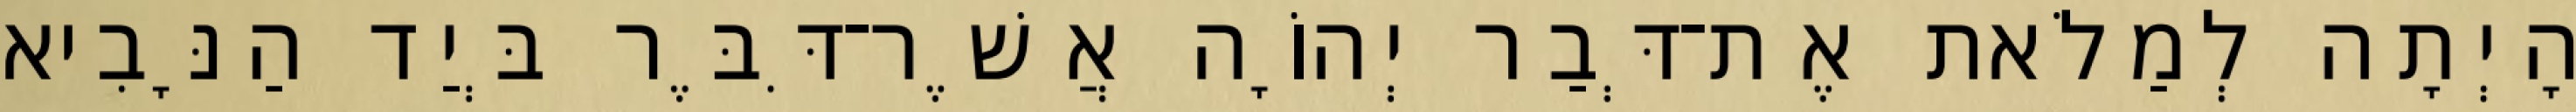
הָיְתָה לְמַלֹאת אֶת־דְּבַר יְהוָֹה אֲשֶׁר־דִּבֶּר בְּיַד הַנָּבִיא